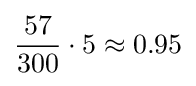
{\frac {57}{300}}\cdot 5\approx 0.95